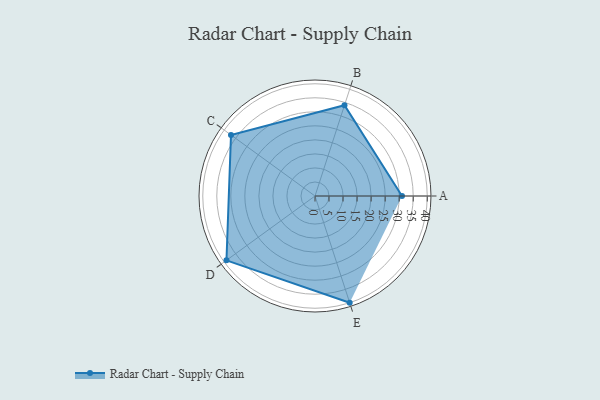
{"axis": {"x": "Skill", "y": "Score"}, "legend": ["Profile"], "data": [{"x": "A", "y": 31.0, "type": "Profile"}, {"x": "B", "y": 34.0, "type": "Profile"}, {"x": "C", "y": 37.0, "type": "Profile"}, {"x": "D", "y": 39.0, "type": "Profile"}, {"x": "E", "y": 40.0, "type": "Profile"}]}